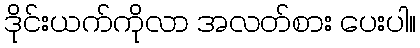
ဒိုင်းယက်ကိုလာ အလတ်စား ပေးပါ။